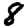
Digit: 8